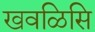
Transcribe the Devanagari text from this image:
खवळिसि